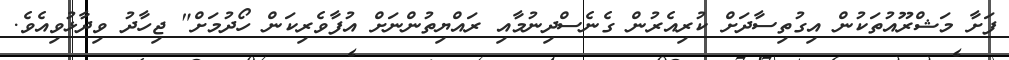
ފަށާ މަޝްރޫއުތަކުން އިގުތިސާދަަށް ކުރިއެރުން ގެނެސްދިނުމާއި ރައްޔިތުންނަށް އުފާވެރިކަން ހޯދުމަށް" ޖިހާދު ވިދާޅުވިއެވެ.